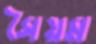
সৈয়ম